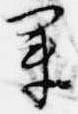
業